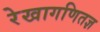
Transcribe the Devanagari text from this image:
रेखागणितज्ञ